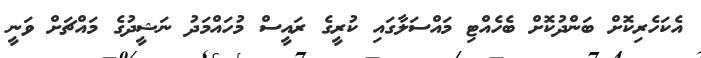
އެކަހެރިކޮށް ބަންދުކޮށް ބެހެއްޓި މައްސަލާގައި ކުރީގެ ރައީސް މުހައްމަދު ނަޝީދުގެ މައްޗަށް ވަނީ